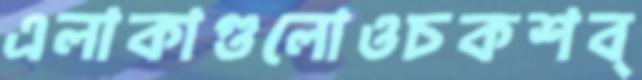
এলাকাগুলোওচকশব্